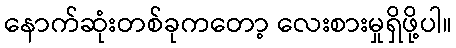
နောက်ဆုံးတစ်ခုကတော့ လေးစားမှုရှိဖို့ပါ။